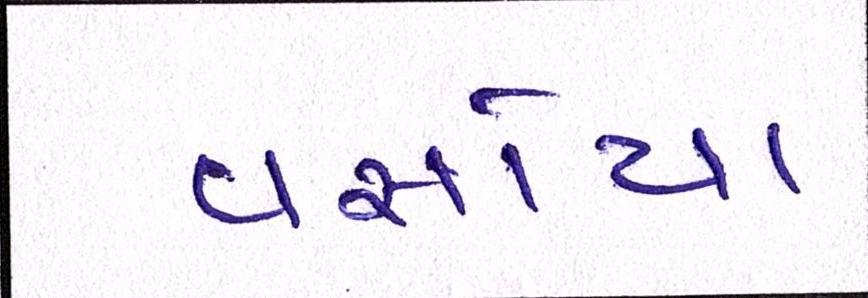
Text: વસોયા